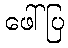
ဖေါ်ပြ